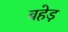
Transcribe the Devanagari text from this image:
बहेड़